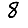
Digit: 8